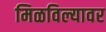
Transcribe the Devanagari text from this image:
मिळविल्यावर